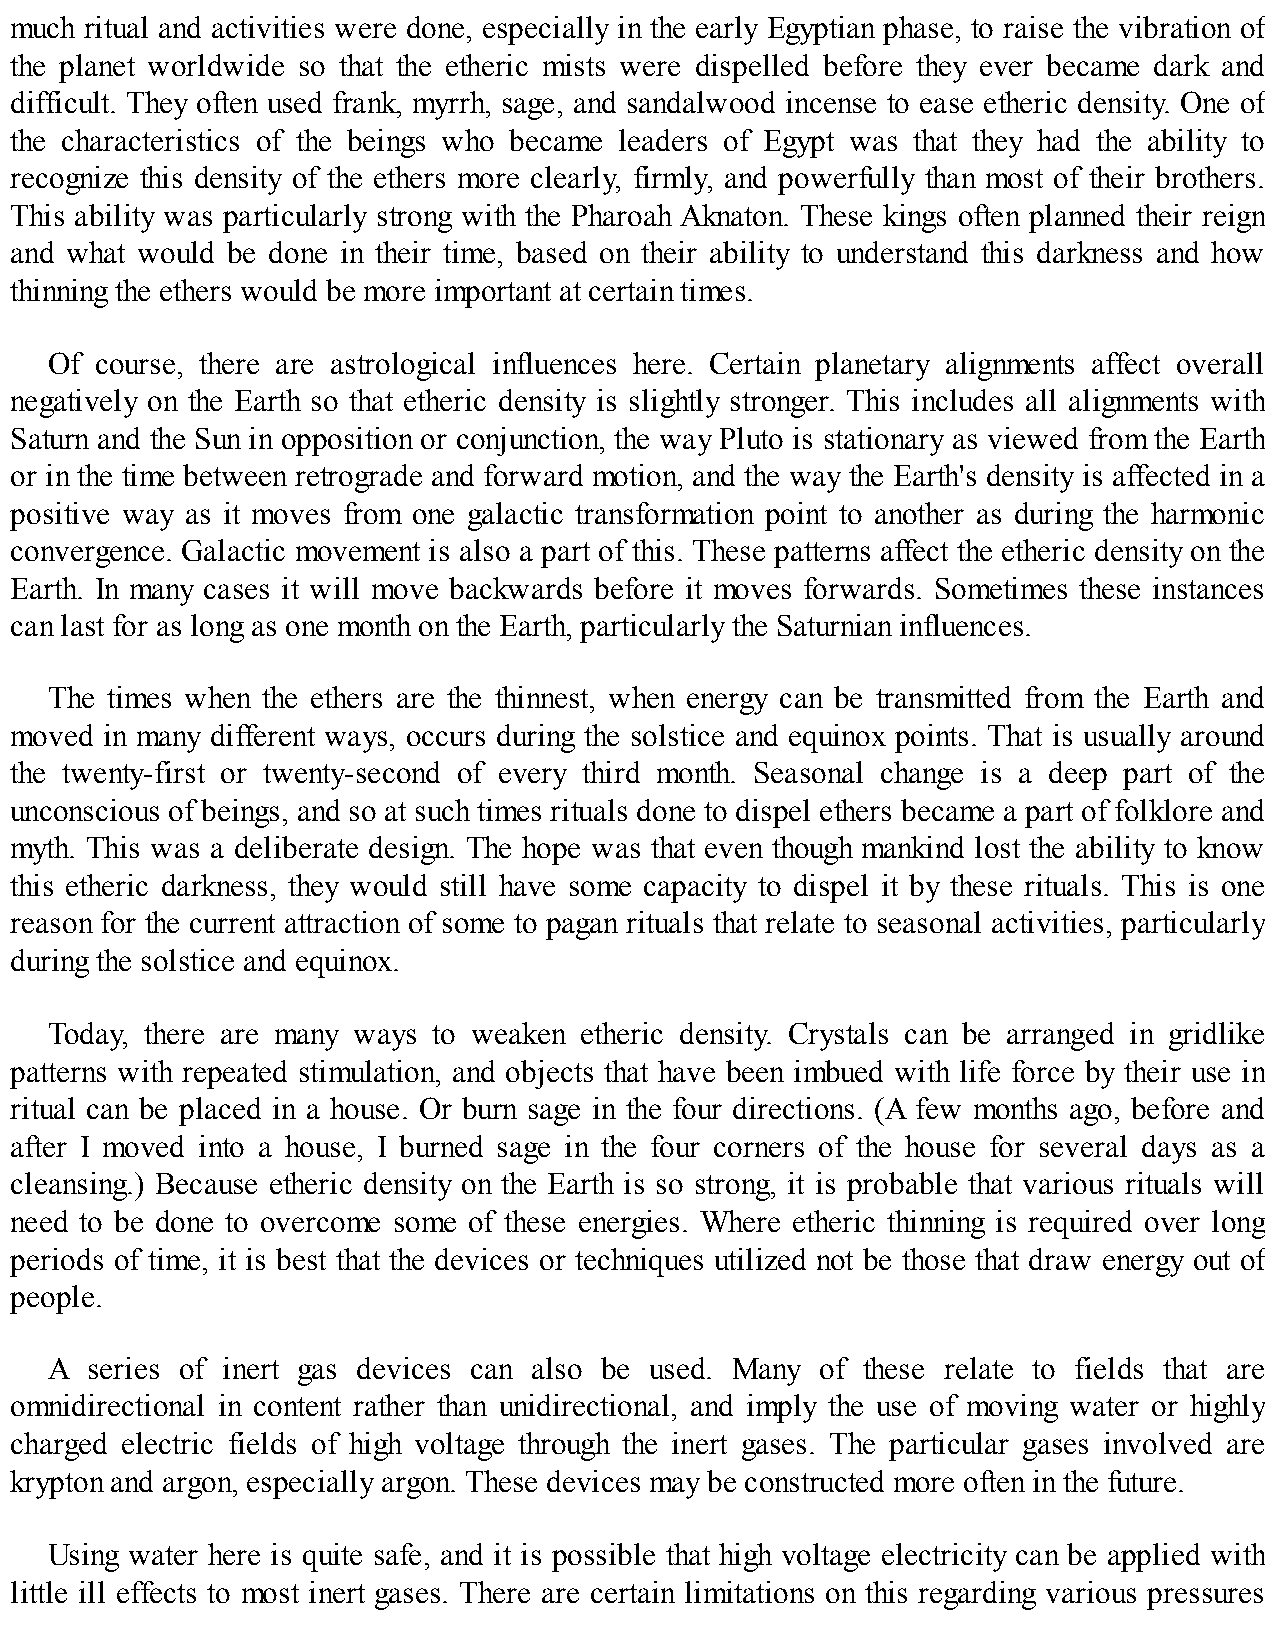
much ritual and activities were done, especially in the early Egyptian phase, to raise the vibration of
 the planet worldwide so that the etheric mists were dispelled before they ever became dark and
 difficult. They often used frank, myrrh, sage, and sandalwood incense to ease etheric density. One of
 the characteristics of the beings who became leaders of Egypt was that they had the ability to
 recognize this density of the ethers more clearly, firmly, and powerfully than most of their brothers.
 This ability was particularly strong with the Pharoah Aknaton. These kings often planned their reign
 and what would be done in their time, based on their ability to understand this darkness and how
 thinning the ethers would be more important at certain times.
 Of course, there are astrological influences here. Certain planetary alignments affect overall
 negatively on the Earth so that etheric density is slightly stronger. This includes all alignments with
 Saturn and the Sun in opposition or conjunction, the way Pluto is stationary as viewed from the Earth
 or in the time between retrograde and forward motion, and the way the Earth's density is affected in a
 positive way as it moves from one galactic transformation point to another as during the harmonic
 convergence. Galactic movement is also a part of this. These patterns affect the etheric density on the
 Earth. In many cases it will move backwards before it moves forwards. Sometimes these instances
 can last for as long as one month on the Earth, particularly the Saturnian influences.
 The times when the ethers are the thinnest, when energy can be transmitted from the Earth and
 moved in many different ways, occurs during the solstice and equinox points. That is usually around
 the twenty-first or twenty-second of every third month. Seasonal change is a deep part of the
 unconscious of beings, and so at such times rituals done to dispel ethers became a part of folklore and
 myth. This was a deliberate design. The hope was that even though mankind lost the ability to know
 this etheric darkness, they would still have some capacity to dispel it by these rituals. This is one
 reason for the current attraction of some to pagan rituals that relate to seasonal activities, particularly
 during the solstice and equinox.
 Today, there are many ways to weaken etheric density. Crystals can be arranged in gridlike
 patterns with repeated stimulation, and objects that have been imbued with life force by their use in
 ritual can be placed in a house. Or burn sage in the four directions. (A few months ago, before and
 after I moved into a house, I burned sage in the four corners of the house for several days as a
 cleansing.) Because etheric density on the Earth is so strong, it is probable that various rituals will
 need to be done to overcome some of these energies. Where etheric thinning is required over long
 periods of time, it is best that the devices or techniques utilized not be those that draw energy out of
 people.
 A  series of inert gas devices can also be used. Many of these relate to fields that are
 omnidirectional in content rather than unidirectional, and imply the use of moving water or highly
 charged electric fields of high voltage through the inert gases. The particular gases involved are
 krypton and argon, especially argon. These devices may be constructed more often in the future.
 Using water here is quite safe, and it is possible that high voltage electricity can be applied with
 little ill effects to most inert gases. There are certain limitations on this regarding various pressures